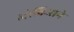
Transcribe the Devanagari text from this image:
अरेबिआने